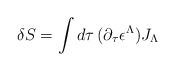
LaTeX: \begin{align*}\delta S = \int d\tau \,(\partial_\tau \epsilon^\Lambda) J_\Lambda\end{align*}